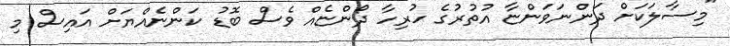
"މިސާލަކަށް ދަންނަވަންޏާ އުތުރުގެ ހުރިހާ ދޯންޏެއް ވެސް ބޮޑު ކަންނެއްޔަށް އައިސް މި